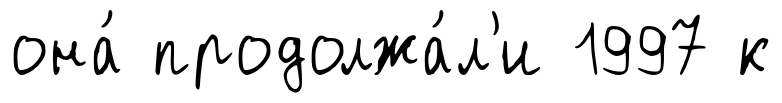
она́ продолжа́л'и 1997 к